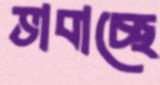
ভাবাচ্ছে